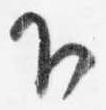
下